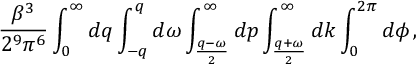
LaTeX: \frac { \beta ^ { 3 } } { 2 ^ { 9 } \pi ^ { 6 } } \int _ { 0 } ^ { \infty } d q \int _ { - q } ^ { q } d \omega \int _ { \frac { q - \omega } { 2 } } ^ { \infty } d p \int _ { \frac { q + \omega } { 2 } } ^ { \infty } d k \int _ { 0 } ^ { 2 \pi } d \phi \, ,